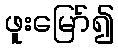
ဖူးမြော်၍